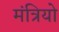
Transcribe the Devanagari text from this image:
मंत्रियो